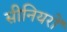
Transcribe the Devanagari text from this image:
सीनियरों